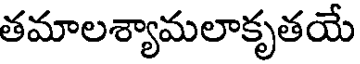
తమాలశ్యామలాకృతయే